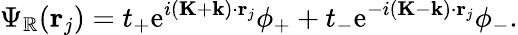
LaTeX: \Psi_{\mathbb{R}}(\mathbf{{r}}_{j})=t_{+}\mathrm{{e}}^{i(\mathbf{{K}}+\mathbf{{k}})\cdot\mathbf{{r}}_{j}}\phi_{+}+t_{-}\mathrm{{e}}^{-i(\mathbf{{K}}-\mathbf{{k}})\cdot\mathbf{{r}}_{j}}\phi_{-}.